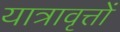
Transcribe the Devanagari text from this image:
यात्रावृत्तों